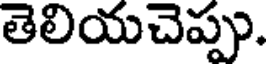
తెలియచెప్పు.